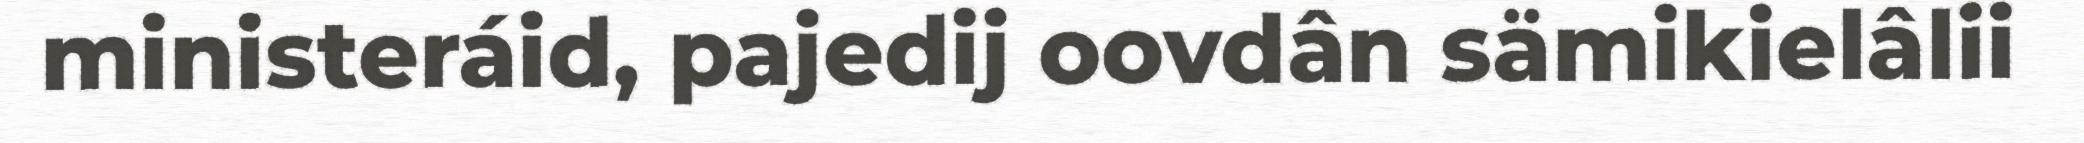
ministeráid, pajedij oovdân sämikielâlii